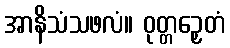
အာနိသံသဖလံ။ ဝုတ္တဉှေတံ